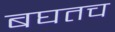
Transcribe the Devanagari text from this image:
बघतच